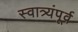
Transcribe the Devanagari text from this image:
स्वात्र्यंपूर्व